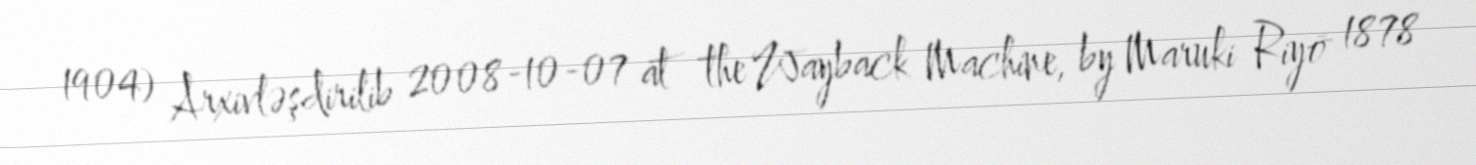
1904) Arxivləşdirilib 2008-10-07 at the Wayback Machine, by Maruki Riyō 1878